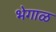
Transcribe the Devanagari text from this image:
भेगाळ